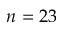
n = 2 3